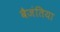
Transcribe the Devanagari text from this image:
बैजंतिया